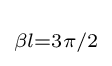
\scriptstyle \beta l=3\pi /2